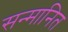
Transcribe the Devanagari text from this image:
सन्‍मानित